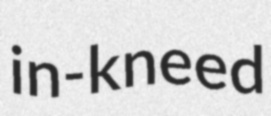
in-kneed